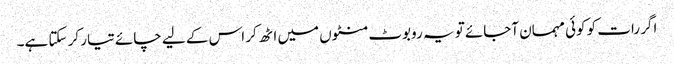
اگر رات کو کوئی مہمان آجائے تو یہ روبوٹ منٹوں میں اٹھ کر اس کے لیے چائے تیار کر سکتا ہے۔